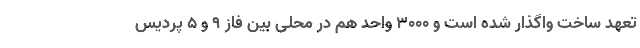
تعهد ساخت واگذار شده است و 3000 واحد هم در محلی بین فاز 9 و 5 پردیس